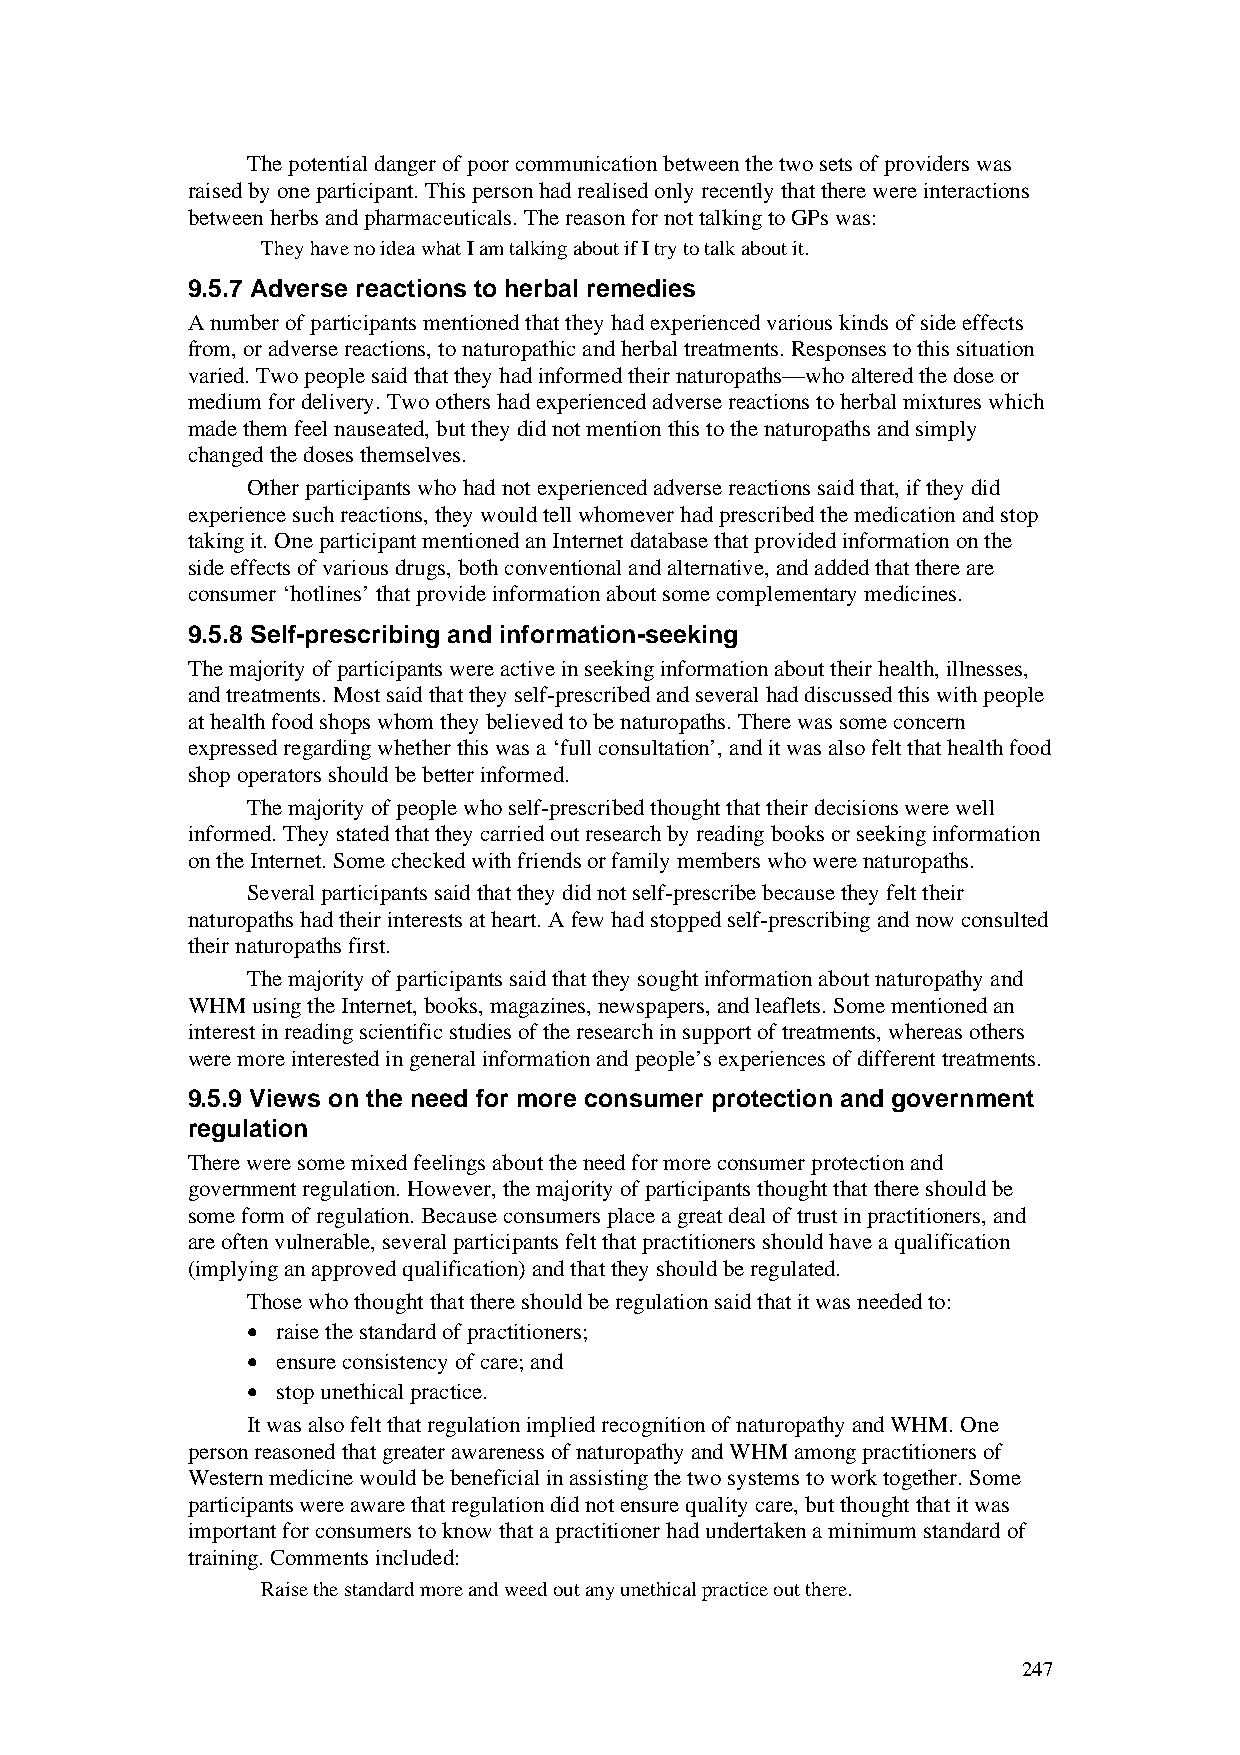
The potential danger of poor communication between the two sets of providers was
 raised by one participant. This person had realised only recently that there were interactions
 between herbs and pharmaceuticals. The reason for not talking to GPs was:
 They have no idea what I am talking about if I try to talk about it.
 9.5.7 Adverse reactions to herbal remedies
 A number of participants mentioned that they had experienced various kinds of side effects
 from, or adverse reactions, to naturopathic and herbal treatments. Responses to this situation
 varied. Two people said that they had informed their naturopaths—who altered the dose or
 medium for delivery. Two others had experienced adverse reactions to herbal mixtures which
 made them feel nauseated, but they did not mention this to the naturopaths and simply
 changed the doses themselves.
 Other participants who had not experienced adverse reactions said that, if they did
 experience such reactions, they would tell whomever had prescribed the medication and stop
 taking it. One participant mentioned an Internet database that provided information on the
 side effects of various drugs, both conventional and alternative, and added that there are
 consumer ‘hotlines’ that provide information about some complementary medicines.
 9.5.8 Self-prescribing and information-seeking
 The majority of participants were active in seeking information about their health, illnesses,
 and treatments. Most said that they self-prescribed and several had discussed this with people
 at health food shops whom they believed to be naturopaths. There was some concern
 expressed regarding whether this was a ‘full consultation’, and it was also felt that health food
 shop operators should be better informed.
 The majority of people who self-prescribed thought that their decisions were well
 informed. They stated that they carried out research by reading books or seeking information
 on the Internet. Some checked with friends or family members who were naturopaths.
 Several participants said that they did not self-prescribe because they felt their
 naturopaths had their interests at heart. A few had stopped self-prescribing and now consulted
 their naturopaths first.
 The majority of participants said that they sought information about naturopathy and
 WHM  using the Internet, books, magazines, newspapers, and leaflets. Some mentioned an
 interest in reading scientific studies of the research in support of treatments, whereas others
 were more interested in general information and people’s experiences of different treatments.
 9.5.9 Views on the need for more consumer protection and government
 regulation
 There were some mixed feelings about the need for more consumer protection and
 government regulation. However, the majority of participants thought that there should be
 some form of regulation. Because consumers place a great deal of trust in practitioners, and
 are often vulnerable, several participants felt that practitioners should have a qualification
 (implying an approved qualification) and that they should be regulated.
 Those who thought that there should be regulation said that it was needed to:
 • raise the standard of practitioners;
 • ensure consistency of care; and
 • stop unethical practice.
 It was also felt that regulation implied recognition of naturopathy and WHM. One
 person reasoned that greater awareness of naturopathy and WHM among practitioners of
 Western medicine would be beneficial in assisting the two systems to work together. Some
 participants were aware that regulation did not ensure quality care, but thought that it was
 important for consumers to know that a practitioner had undertaken a minimum standard of
 training. Comments included:
 Raise the standard more and weed out any unethical practice out there.
 247